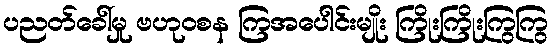
ပညတ်ခေါ်မှု ဗဟုဝစန ကြအပေါင်းမျိုး ကြိုးကြိုးကြွကြွ